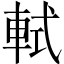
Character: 軾